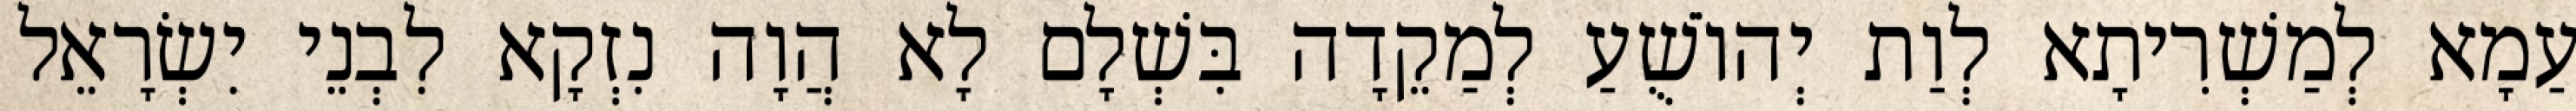
עַמָא לְמַשְׁרִיתָא לְוַת יְהוֹשֻׁעַ לְמַקֵדָה בִּשְׁלָם לָא הֲוָה נִזְקָא לִבְנֵי יִשְׂרָאֵל